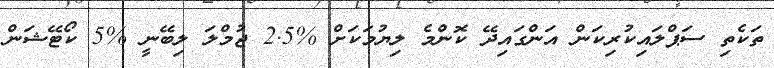
ތަކެތި ސަޕްލައިކުރިކަން އަންގައިދޭ ކޮންމެ ލިޔުމަކަށް %2.5 ޖުމްލަ ލިބޭނީ %5 ކޯޓޭޝަން